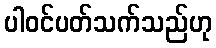
ပါဝင်ပတ်သက်သည်ဟု